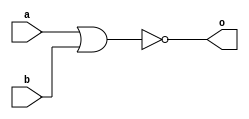
module F_nor_1202212 #(parameter n=4)  (a,b,o);
input [n-1:0] a,b;
output reg [n-1 :0] o;
always @ (a,b)
begin 
o=~( a | b ) ;
end 
endmodule